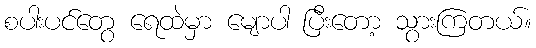
စပါးပင်တွေ ရေထဲမှာ မျောပါ ပြီးတော့ သွားကြတယ်။